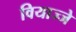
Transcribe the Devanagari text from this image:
वियाज्जे